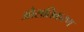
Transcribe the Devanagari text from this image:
औसतिकरण